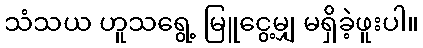
သံသယ ဟူသရွေ့ မြူငွေ့မျှ မရှိခဲ့ဖူးပါ။